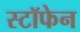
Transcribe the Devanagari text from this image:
स्टॉफेन